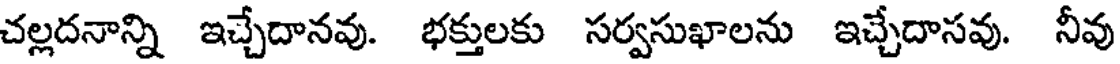
చల్లదనాన్ని ఇచ్చేదానవు. భక్తులకు సర్వసుఖాలను ఇచ్చేదాసవు. నీవు